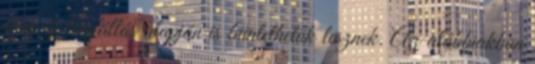
ezen új tényállás alapján is büntethetők lesznek. Az alábbiakban